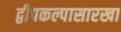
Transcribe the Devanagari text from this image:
द्वीपकल्पासारखा